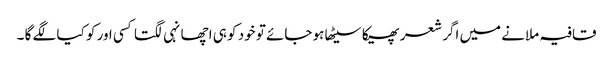
قافیہ ملانے میں اگر شعر پھیکا سیٹھا ہو جائے تو خود کو ہی اچھا نہی لگتا کسی اور کو کیا لگے گا ۔